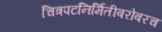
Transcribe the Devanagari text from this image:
चित्रपटनिर्मितीबरोबरच